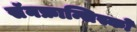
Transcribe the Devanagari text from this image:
सॅनफ्रान्सिस्को